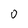
Character: 0